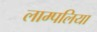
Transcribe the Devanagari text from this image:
लाम्पलिया